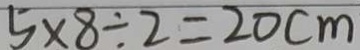
5 \times 8 \div 2 = 2 0 c m